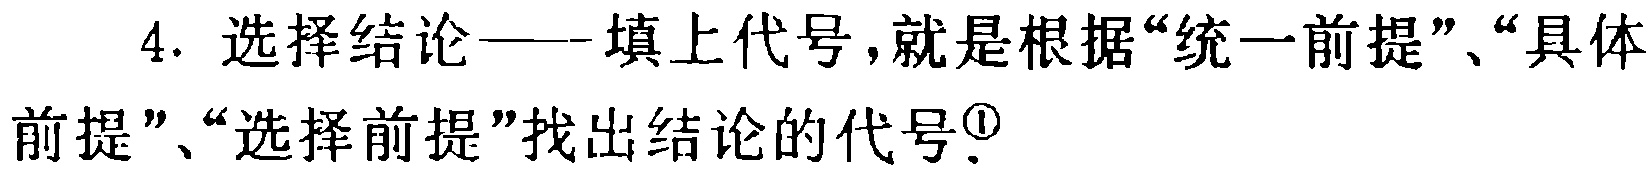
4. 选择结论——填上代号,就是根据“统一前提”、“具体前提”、“选择前提”找出结论的代号\textsuperscript{1}